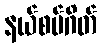
နယ်စပ်ဂိတ်